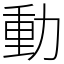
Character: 動